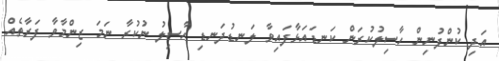
އަދި ކުންފުނިން ހާސިލުކުރަން ކަނޑައަޅާފައިވާ ލަނޑުދަނޑި ހާސިލު ނުކުރާ ނަމަ ޒިންމާވާ ފަރާތެއް